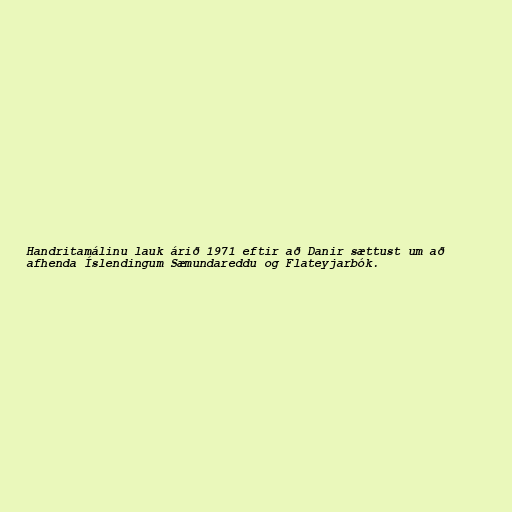
Handritamálinu lauk árið 1971 eftir að Danir sættust um að
afhenda Íslendingum Sæmundareddu og Flateyjarbók.